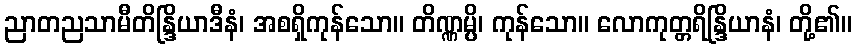
ညာတညသာမီတိန္ဒြိယာဒီနံ၊ အစရှိကုန်သော။ တိဏ္ဏမ္ပိ၊ ကုန်သော။ လောကုတ္တရိန္ဒြိယာနံ၊ တို့၏။